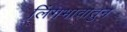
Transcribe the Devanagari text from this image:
लिंगभावातुन